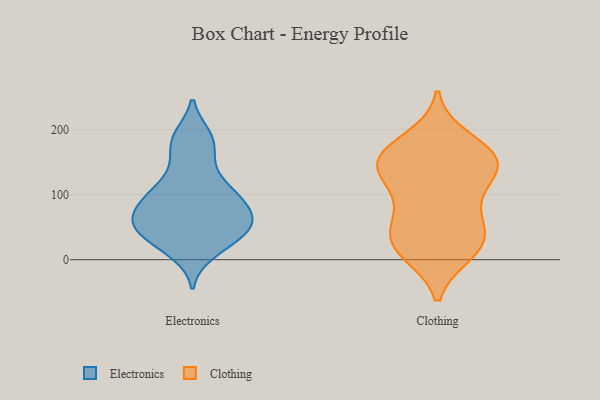
{"axis": {"x": "Latency (ms)", "y": "Value"}, "legend": ["Clothing", "Electronics"], "data": [{"x": "", "y": 49, "type": "Electronics"}, {"x": "", "y": 64, "type": "Electronics"}, {"x": "", "y": 191, "type": "Electronics"}, {"x": "", "y": 21, "type": "Electronics"}, {"x": "", "y": 43, "type": "Electronics"}, {"x": "", "y": 103, "type": "Electronics"}, {"x": "", "y": 148, "type": "Electronics"}, {"x": "", "y": 50, "type": "Electronics"}, {"x": "", "y": 85, "type": "Electronics"}, {"x": "", "y": 61, "type": "Electronics"}, {"x": "", "y": 111, "type": "Electronics"}, {"x": "", "y": 112, "type": "Electronics"}, {"x": "", "y": 80, "type": "Electronics"}, {"x": "", "y": 190, "type": "Electronics"}, {"x": "", "y": 57, "type": "Electronics"}, {"x": "", "y": 168, "type": "Electronics"}, {"x": "", "y": 34, "type": "Electronics"}, {"x": "", "y": 89, "type": "Electronics"}, {"x": "", "y": 10, "type": "Electronics"}, {"x": "", "y": 148, "type": "Clothing"}, {"x": "", "y": 30, "type": "Clothing"}, {"x": "", "y": 157, "type": "Clothing"}, {"x": "", "y": 185, "type": "Clothing"}, {"x": "", "y": 109, "type": "Clothing"}, {"x": "", "y": 141, "type": "Clothing"}, {"x": "", "y": 64, "type": "Clothing"}, {"x": "", "y": 31, "type": "Clothing"}, {"x": "", "y": 11, "type": "Clothing"}, {"x": "", "y": 11, "type": "Clothing"}, {"x": "", "y": 28, "type": "Clothing"}, {"x": "", "y": 147, "type": "Clothing"}, {"x": "", "y": 57, "type": "Clothing"}, {"x": "", "y": 156, "type": "Clothing"}, {"x": "", "y": 140, "type": "Clothing"}, {"x": "", "y": 169, "type": "Clothing"}, {"x": "", "y": 96, "type": "Clothing"}]}